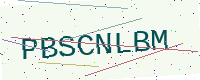
Text: PBSCNLBM